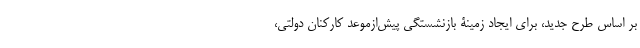
بر اساس طرح جدید، برای ایجاد زمینۀ بازنشستگی پیش‌ازموعد کارکنان دولتی،